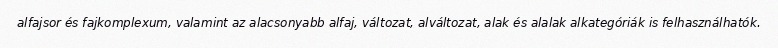
alfajsor és fajkomplexum, valamint az alacsonyabb alfaj, változat, alváltozat, alak és alalak alkategóriák is felhasználhatók.